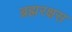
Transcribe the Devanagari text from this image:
ब्रह्मरक्षस